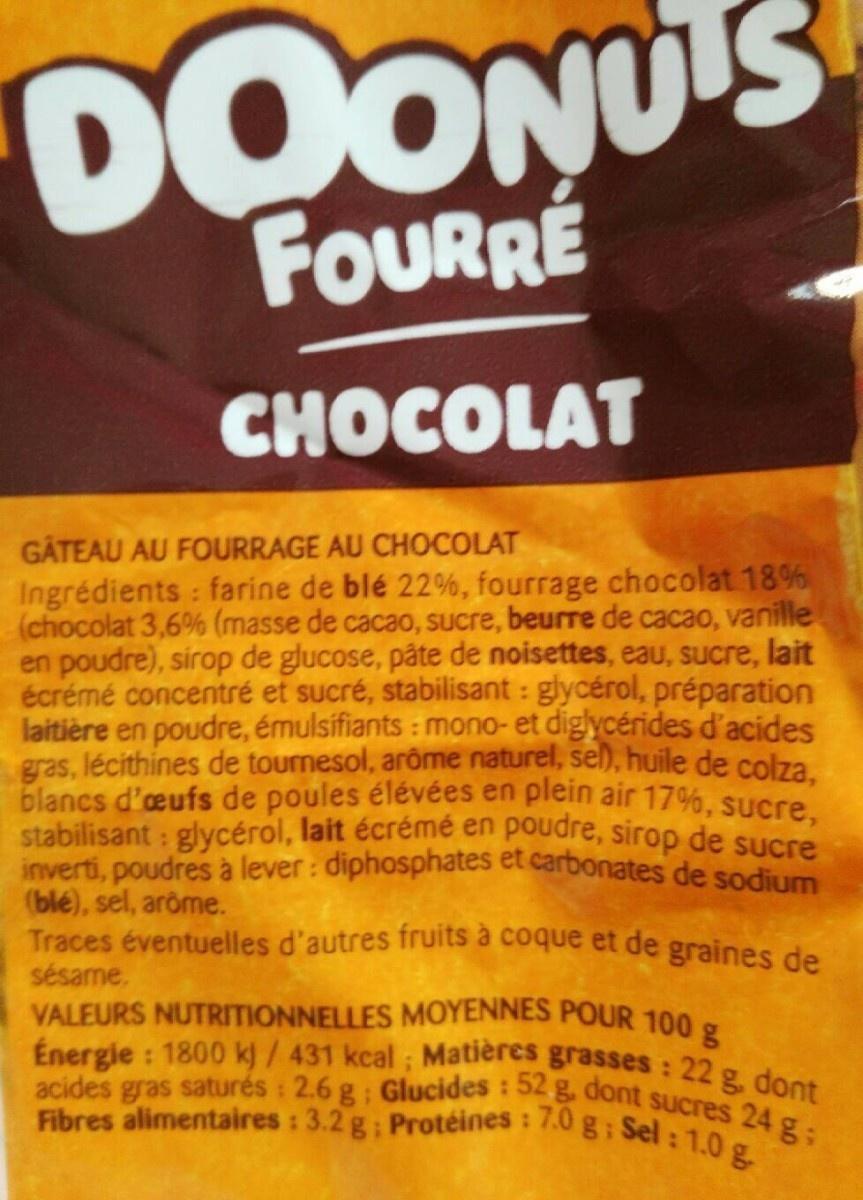
DOONUS FOURRE
CHOCOLAT
GÂTEAU AU FOURRAGE AU CHOCOLAT
Ingrédients : farine de blé 22%, fourrage chocolat 18% (chocolat 3,6% (masse de cacao, Sucre, beurre de cacao, vanille en poudre), sirop de glucose, pâte de noisettes, eau, sucre, lait écrémé concentré et sucré, stabilisant : glycérol, préparation laitière en poudre, émulsifiants : mono- et diglycérides d'acides gras, lécithines de tournesol, arôme naturel, sel), huile de colza. blancs d'eufs de poules élévées en plein air 17%, sucre. stabilisant : glycérol, lait écrémé en poudre, sirop de suSre inverti, poudres à lever : diphosphates et carbonates de sodium (blé), sel, arôme. Traces éventuelles d'autres fruits à coque et de graines de
sésame.
VALEURS NUTRITIONNELLES MOYENNES POUR 100 g Energie : 1800 kj/ 431 kcal ; Matières grasses : 22 g, dont acides gras saturés : 2.6 g; Glucides : 52 g, dont sucres 24 g: Fibres alimentaires : 3.2 g; Protéines : 7.0 g Sel : 1.0 g.